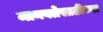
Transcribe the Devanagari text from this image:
मानवतेसाठीच्या